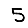
Digit: 5